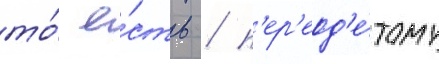
то́ е́сть / п'ер'еод'е́тому